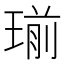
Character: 瑐